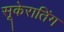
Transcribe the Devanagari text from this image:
सूकेरातिंग